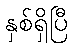
နှစ်ရှိပြီ